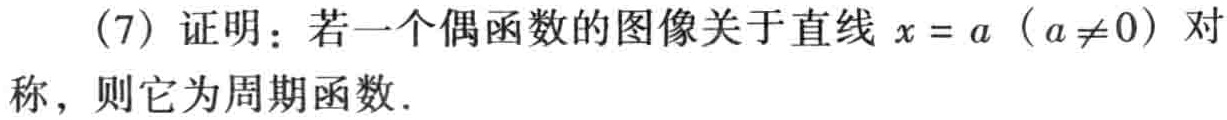
(7) 证明：若一个偶函数的图像关于直线 \(x = a\)（\(a\neq0\)）对称，则它为周期函数.